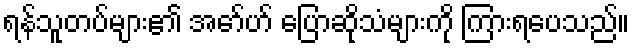
ရန်သူတပ်များ၏ အော်ဟ် ပြောဆိုသံများကို ကြားရပေသည်။